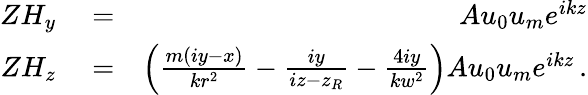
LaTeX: \begin{array}{rlr}{ZH_{y}}&{{}=}&{Au_{0}u_{m}e^{ikz}}\\ {ZH_{z}}&{{}=}&{\left(\frac{m(iy-x)}{kr^{2}}-\frac{iy}{iz-z_{R}}-\frac{4iy}{kw^{2}}\right)Au_{0}u_{m}e^{ikz}\, .}\end{array}